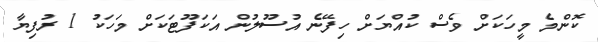
ކޮންމެ މީހަކަށް ވެސް ކުއްޔަށް ހިފޭނެ އުސޫލުން އަކަފޫޓަކަށް މަހަކު 1 ރުފިޔާ